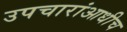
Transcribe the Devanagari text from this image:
उपचारांआधीच